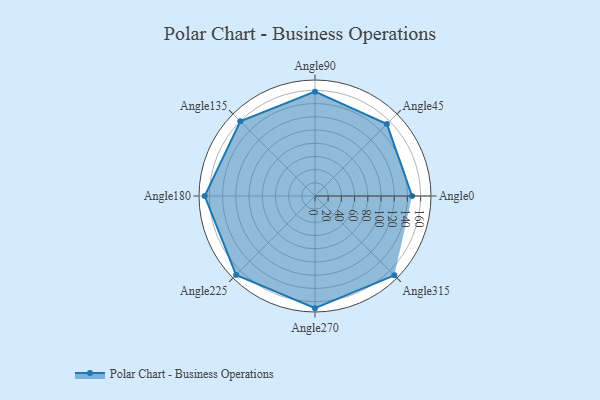
{"axis": {"x": "Angle", "y": "Radius"}, "legend": [""], "data": [{"x": "Angle0", "y": 147.0, "type": ""}, {"x": "Angle45", "y": 154.0, "type": ""}, {"x": "Angle90", "y": 158.0, "type": ""}, {"x": "Angle135", "y": 160.0, "type": ""}, {"x": "Angle180", "y": 167.0, "type": ""}, {"x": "Angle225", "y": 169.0, "type": ""}, {"x": "Angle270", "y": 170, "type": ""}, {"x": "Angle315", "y": 170, "type": ""}]}